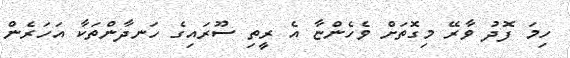
ހިމަ ފޮދު ވާރޭ މިގޮތަށް ވެހެންޏާ އެ ރީތި ސޫރައިގެ ހަނދާންތަކާ އަހަރެން